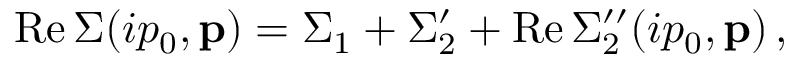
\mathrm { R e \, } \Sigma ( i p _ { 0 } , { \bf p } ) = \Sigma _ { 1 } + \Sigma _ { 2 } ^ { \prime } + \mathrm { R e \, } \Sigma _ { 2 } ^ { \prime \prime } ( i p _ { 0 } , { \bf p } ) \, ,